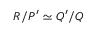
R / P ^ { \prime } \simeq Q ^ { \prime } / Q